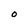
Character: O